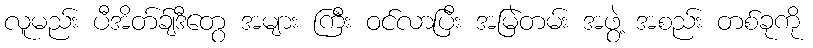
လူမည်း ပီအိတ်ခ်ျဒီတွေ အများ ကြီး ဝင်လာပြီး အမြဲတမ်း အဖွဲ့ အစည်း တစ်ခုကို